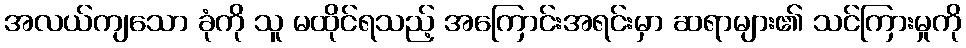
အလယ်ကျသော ခုံကို သူ မထိုင်ရသည့် အကြောင်းအရင်းမှာ ဆရာများ၏ သင်ကြားမှုကို